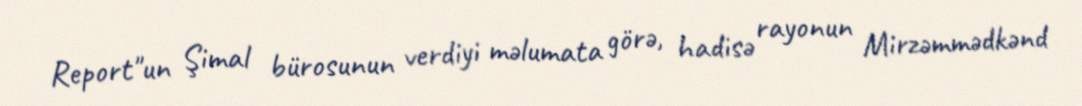
Report"un Şimal bürosunun verdiyi məlumata görə, hadisə rayonun Mirzəmmədkənd